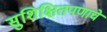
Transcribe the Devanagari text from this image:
सुशिक्षितपणाचे